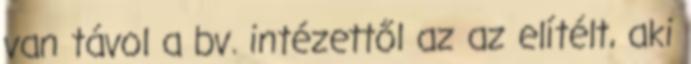
van távol a bv. intézettől az az elítélt, aki